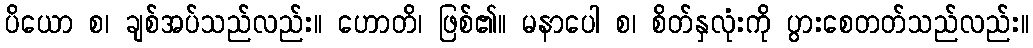
ပိယော စ၊ ချစ်အပ်သည်လည်း။ ဟောတိ၊ ဖြစ်၏။ မနာပေါ စ၊ စိတ်နှလုံးကို ပွားစေတတ်သည်လည်း။